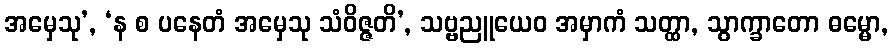
အမှေသု’, ‘န စ ပနေတံ အမှေသု သံဝိဇ္ဇတိ’, သဗ္ဗညူယေဝ အမှာကံ သတ္ထာ, သွာက္ခာတော ဓမ္မော,